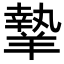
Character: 𦎷